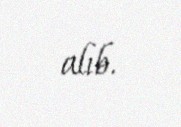
alıb.